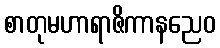
စာတုမဟာရာဇိကာနညေဝ